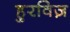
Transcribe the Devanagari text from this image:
हुरविज़